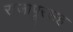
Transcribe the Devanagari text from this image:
राजापूरसह